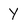
Character: Y